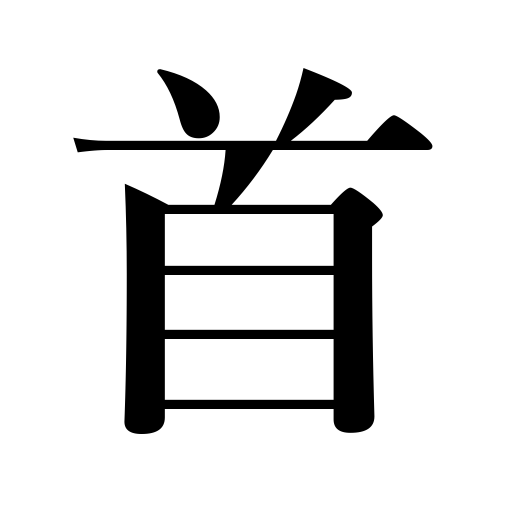
Meanings: neck,the first,head,poem and song counter,beginning